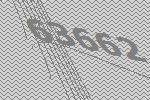
63662